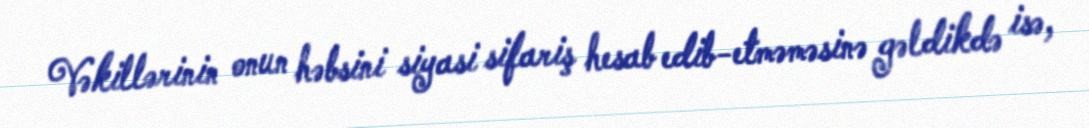
Vəkillərinin onun həbsini siyasi sifariş hesab edib-etməməsinə gəldikdə isə,